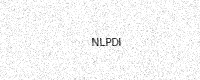
Text: NLPDI